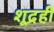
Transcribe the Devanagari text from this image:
शूद्रही